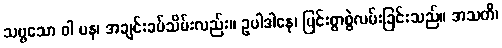
သဗ္ဗသော ဝါ ပန၊ အချင်းခပ်သိမ်းလည်း။ ဥပါဒါနေ၊ ပြင်းစွာစွဲလမ်းခြင်းသည်။ အသတိ၊